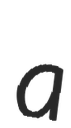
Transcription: a